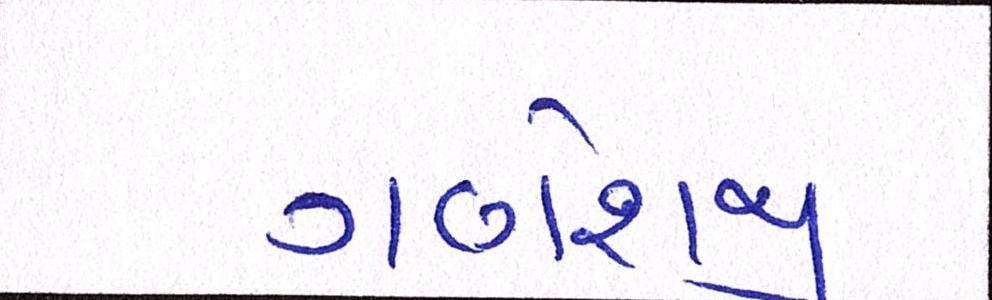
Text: ગણેશજી